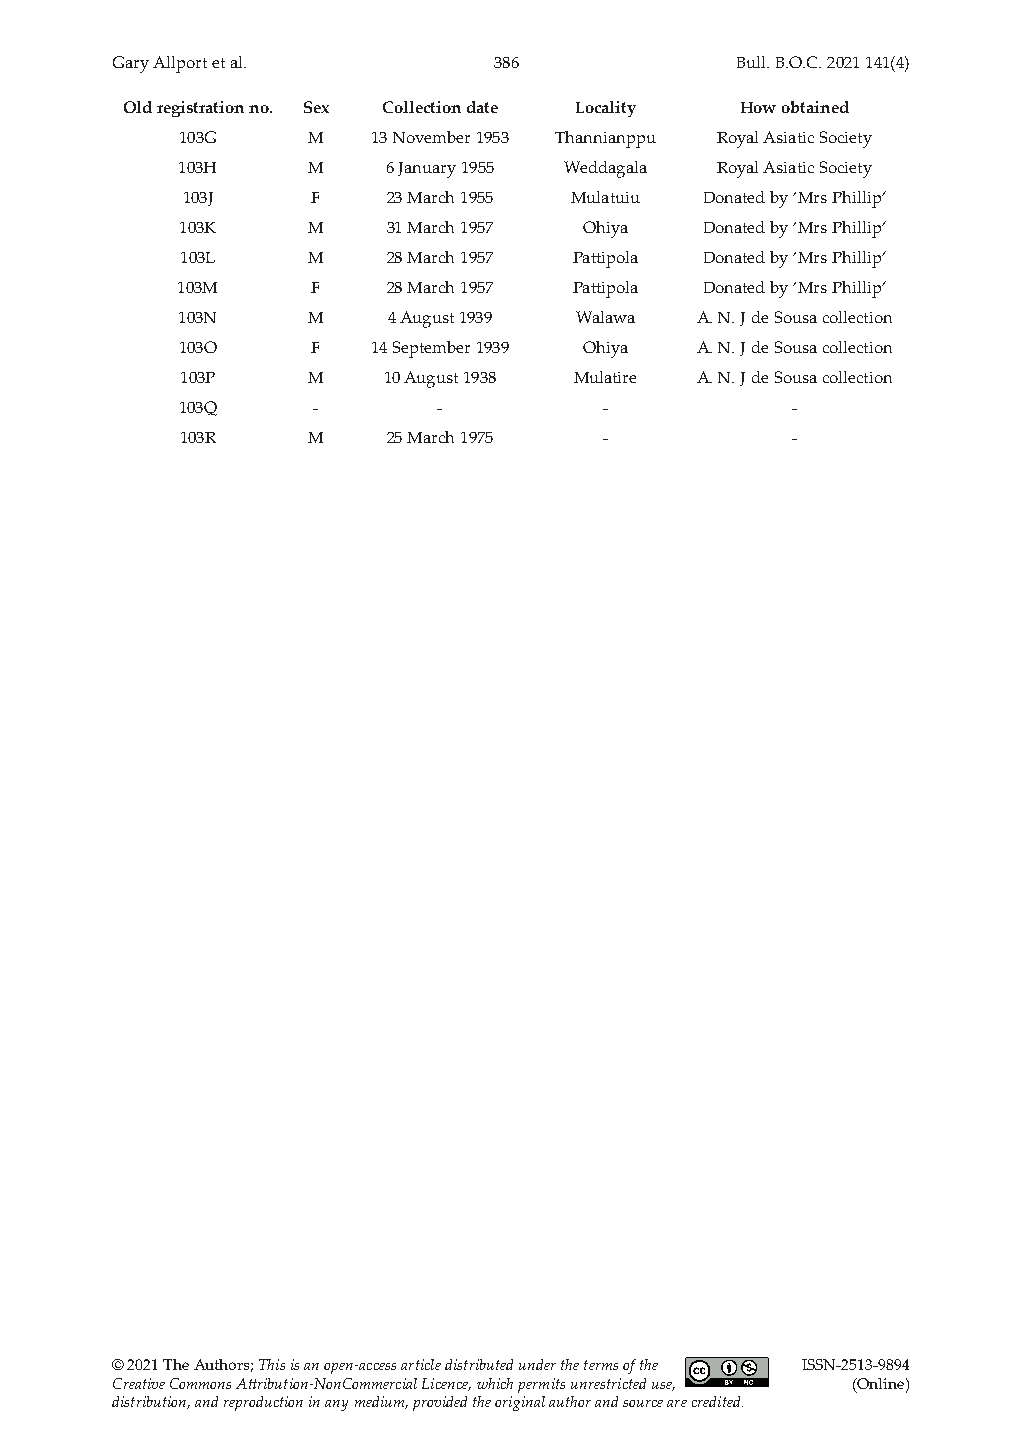
Gary Allport et al.       386             Bull. B.O.C. 2021 141(4)
 Old registration no. Sex Collection date Locality How obtained
 103G    M    13 November 1953 Thannianppu Royal Asiatic Society
 103H    M     6 January 1955 Weddagala Royal Asiatic Society
 103J     F    23 March 1955 Mulatuiu Donated by ‘Mrs Phillip’
 103K    M     31 March 1957 Ohiya  Donated by ‘Mrs Phillip’
 103L    M     28 March 1957 Pattipola Donated by ‘Mrs Phillip’
 103M     F    28 March 1957 Pattipola Donated by ‘Mrs Phillip’
 103N    M     4 August 1939 Walawa A. N. J de Sousa collection
 103O     F   14 September 1939 Ohiya A. N. J de Sousa collection
 103P    M    10 August 1938 Mulatire A. N. J de Sousa collection
 103Q     -       -          -           -
 103R    M     25 March 1975 -           -
 © 2021 The Authors; This is an open‐access article distributed under the terms of the ISSN-2513-9894
 Creative Commons Attribution‐NonCommercial Licence, which permits unrestricted use, (Online)
 distribution, and reproduction in any medium, provided the original author and source are credited.